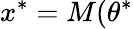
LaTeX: x^{*}=M(\theta^{*}